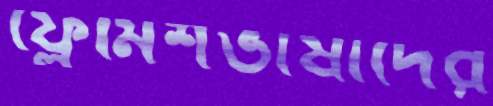
ফ্লেমিশভাষীদের